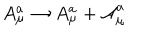
LaTeX: A _ { \mu } ^ { a } \rightarrow A _ { \mu } ^ { a } + \mathcal { A } _ { \mu } ^ { a }